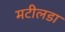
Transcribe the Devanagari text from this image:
मटीलडा